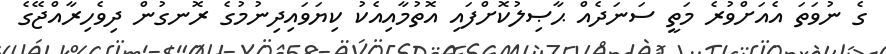
ގެ ނުވަތަ އެއަށްވުރެ މަތީ ސަނަދެއް ޙާޞިލުކޮށްފައި އޮތުމާއިއެކު ކިޔަވައިދިނުމުގެ ރޮނގުން ދިވެހިރާއްޖޭގެ